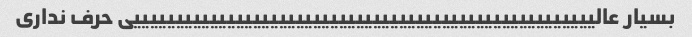
بسیار عالییییییییییییییییییییییییییییییییییییییییییییییییییییییی حرف نداری